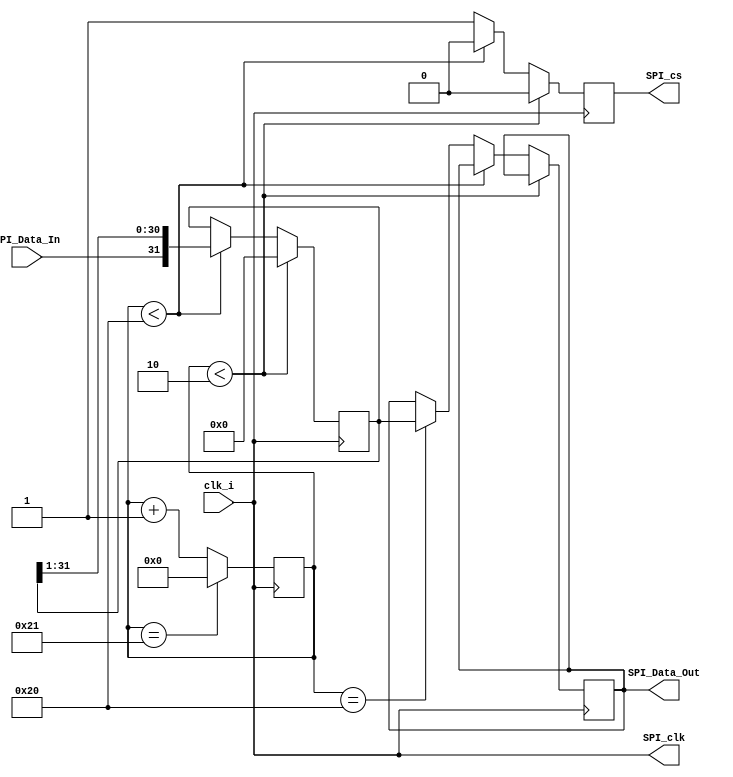
`timescale 1ns / 1ps

module SPI_Temp_Master2(
  clk_i,
  SPI_clk,
  SPI_cs,
  SPI_Data_In,
  SPI_Data_Out
);

  input clk_i;
  output SPI_clk;
  output SPI_cs;
  input SPI_Data_In;
  output reg [31:0] SPI_Data_Out;

//  wire clk_i;
//  wire SPI_clk;
//  wire SPI_cs;
//  wire SPI_Data_In;
//  reg [31:0] SPI_Data_Out;


  reg [31:0] SPI_rx_buff;
  reg [5:0] SPI_cnt = 6'b 000000;
  reg SPI_cs_sig = 1'b 0;

  assign SPI_cs = SPI_cs_sig;
  assign SPI_clk = clk_i;
  
  always @(posedge clk_i) begin
  
    //if(SPI_cnt == 35) begin							//
    if(SPI_cnt == 33) begin							//
      SPI_cnt <= {6{1'b0}};							//
    end														//		SECCIN 1
    else begin												//
      SPI_cnt <= SPI_cnt + 1'b1;							//
    end														//
	 
	 
    if(SPI_cnt < 2) begin								//
      SPI_cs_sig <= 1'b 0;								//
      SPI_rx_buff <= {32{1'b0}};						//
    end														//
   // else if(SPI_cnt < 34) begin						//
    else if(SPI_cnt < 32) begin						//
    
		SPI_rx_buff[31:0] <= {SPI_Data_In, SPI_rx_buff[31:1]};
	//	SPI_rx_buff[31:0] <= {SPI_rx_buff[30:0], SPI_Data_In};
	//	SPI_rx_buff[31:1] <= SPI_rx_buff[30:0];	//
   // SPI_rx_buff[0] <= SPI_Data_In;				//
      SPI_cs_sig <= 1'b 0;								//		SECCIN 2
    end														//
    //else if(SPI_cnt == 34) begin						//
    else if(SPI_cnt == 32) begin						//
      SPI_Data_Out[31:0] <= SPI_rx_buff[31:0];	//
      SPI_cs_sig <= 1'b 1;								//
    end														//
    else begin												//
      SPI_cs_sig <= 1'b 1;								//
    end														//
  end															//


endmodule